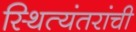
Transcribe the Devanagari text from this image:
स्थित्यंतरांची